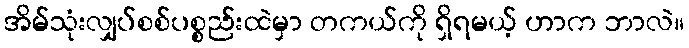
အိမ်သုံးလျှပ်စစ်ပစ္စည်းထဲမှာ တကယ်ကို ရှိရမယ့် ဟာက ဘာလဲ။